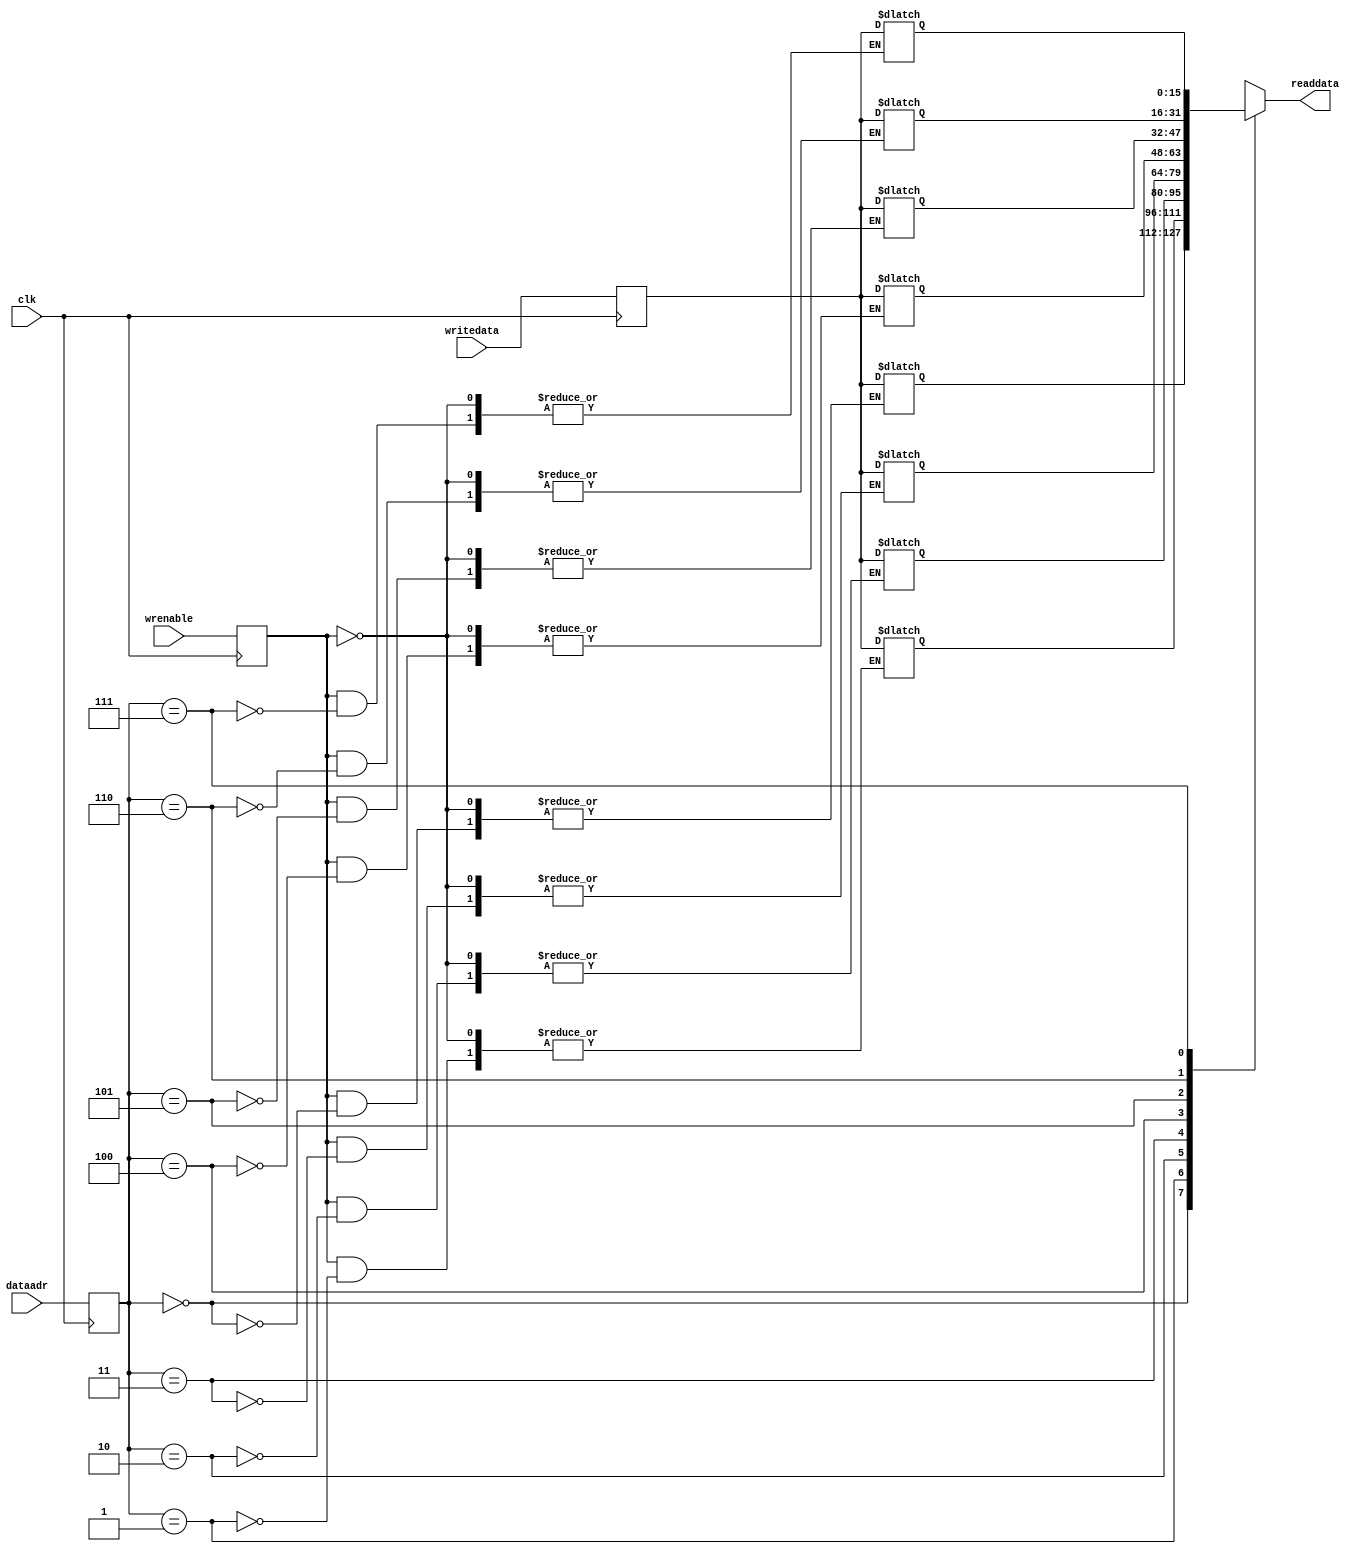
/*module DataMem(
	input wrenable,
	input [2:0] dataadr,
	input [15:0] writedata,
	output [15:0] readdata
    );

	reg [15:0] Dmem [7:0];
	reg Wrenable;
	reg [2:0] Dataadr; 
	reg [15:0] Writedata;
	
	initial begin//
		Wrenable = 1'b0;
		Dmem[0] = 16'b0000000000000000;
		Dmem[1] = 16'b0000000000000000;
		Dmem[2] = 16'b0000000000000000;
		Dmem[3] = 16'b0000000000000000;
		Dmem[4] = 16'b0000000000000000;
		Dmem[5] = 16'b0000000000000000;
		Dmem[6] = 16'b0000000000000000;
		Dmem[7] = 16'b0000000000000000;
	end
	
	always@(*)
	begin
		Wrenable <= wrenable;
		Dataadr <= dataadr;
		Writedata <= writedata;
	end
	
	always@(*)//Dataadr
	begin
		if(Wrenable)
			Dmem[Dataadr] <= Writedata;
	end
	//
	assign readdata = Dmem[Dataadr];

	//wrenable
endmodule*/

module DataMem(
	input clk,
	input wrenable,
	input [2:0] dataadr,
	input [15:0] writedata,
	output [15:0] readdata
    );
	
	reg Wrenable1;
	reg [2:0] Dataadr; 
	reg [15:0] Writedata;
	
	integer i;
	reg [15:0] mem[0:7];

	initial begin//
		Wrenable1 = 1'b0;
		mem[0] = 16'b0000000000000001;//1
		mem[1] = 16'b0000000000000010;//2
		mem[2] = 16'b0000000000000100;//4
		mem[3] = 16'b0000000000000000;
		mem[4] = 16'b0000000000000000;
		mem[5] = 16'b0000000000000000;
		mem[6] = 16'b0000000000000000;
		mem[7] = 16'b0000000000000000;
	end
	
	
	always@(negedge clk)
	begin
		Wrenable1 <= wrenable;
		Dataadr <= dataadr;
		Writedata <= writedata;
	end
	
	always@(*)//Dataadr
	begin
		if(Wrenable1)
			mem[Dataadr] <= Writedata;
	end
	//
	assign readdata = mem[Dataadr];

	//wrenable
endmodule